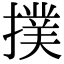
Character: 撲